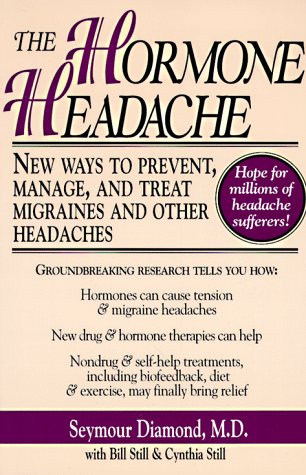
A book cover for The Hormone Headache: New Ways to Prevent, Manage, and Treat Migraines and Other Headaches; Seymour Diamond; Health, Fitness & Dieting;